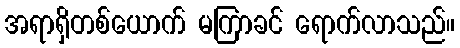
အရာရှိတစ်ယောက် မကြာခင် ရောက်လာသည်။